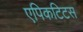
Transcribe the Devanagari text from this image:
एपिकटिटस